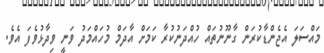
މައްސަލަ އެޖެންޑާކުރަން ގާނޫނުތައް ހުއްދަނުކުރާ ކަމަށް އާދަމް މުހައްމަދު ވަނީ ވިދާޅުވެފަ އެވެ.